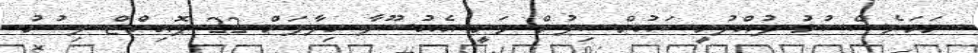
ނަމަވެސް ކުޅު ދުއްފުށީ ކައުންސިލުން ވަނީ އެއުސޫލާ ހިލާފަށް 22 ޕޮއިންޓް ލިބުނު